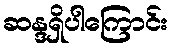
ဆန္ဒရှိပါကြောင်း